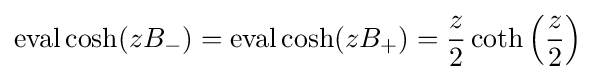
\operatorname {eval} \cosh(zB_{-})=\operatorname {eval} \cosh(zB_{+})={\frac {z}{2}}\coth \left({\frac {z}{2}}\right)